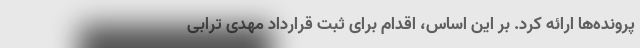
پرونده‌ها ارائه کرد. بر این اساس، اقدام برای ثبت قرارداد مهدی ترابی